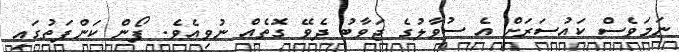
ނަމަވެސް ކައުސަރަށް އެ ސުވާލުގެ ޖަވާބު ދެވޭ ގޮތެއް ނުވިއެވެ. ފޯން ކަންފަތުގައި